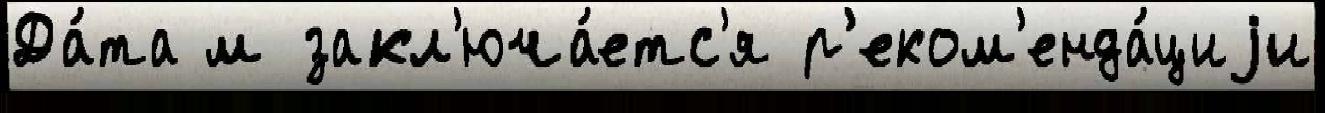
Да́та м закл'юча́етс'я р'еком'енда́циjи